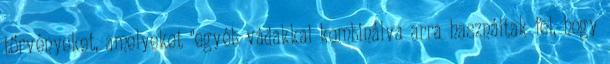
törvényeket, amelyeket "egyéb vádakkal kombinálva arra használtak fel, hogy